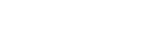
ဖြစ်ပေါ်ခဲ့သည်ဟု